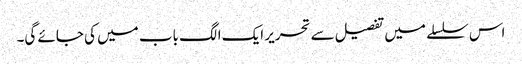
اس سلسلے میں تفصیل سے تحریر ایک الگ باب میں کی جائے گی۔